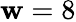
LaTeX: \mathbf{w}=8